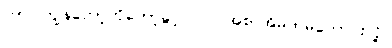
ဟာ၊ ကျွန်တော့်ကိုတော့ခွင့်ပြုပါ။ အစာအိမ်ကမကောင်းလို့။